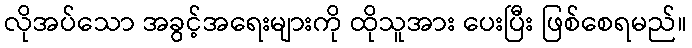
လိုအပ်သော အခွင့်အရေးများကို ထိုသူအား ပေးပြီး ဖြစ်စေရမည်။